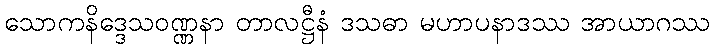
သောကနိဒ္ဒေသဝဏ္ဏနာ တာလဋ္ဌီနံ ဒသဓာ မဟာပနာဒဿ အာယာဂဿ